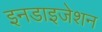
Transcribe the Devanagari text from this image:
इनडाइजेशन